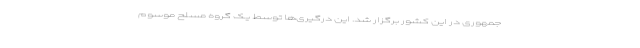
جمهوری در این کشور برگزار شد. این درگیری‌ها توسط یک گروه مسلح موسوم